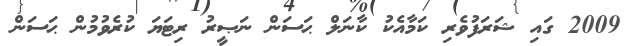
2009 ގައި ޝަރަފުވެރި ކަމާއެކު ކާނަލް ޙަސަން ނަޞީރު ރިޓަޔަ ކުރެވުމުން ޙަސަން